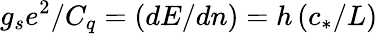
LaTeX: g_{s}e^{2}/C_{q}=\left(dE/dn\right)=h\left(c_{*}/L\right)